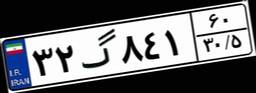
۵۵گ۱۰۸۶۷